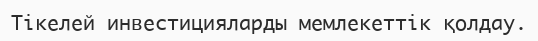
Тікелей инвестицияларды мемлекеттік қолдау.